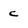
Character: c